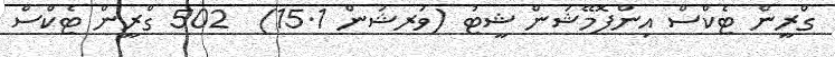
ގްރީން ޓެކްސް އިންފޮމޭޝަން ޝީޓު (ވަރޝަން 15.1)  502 ގްރީން ޓެކްސް